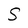
Character: S